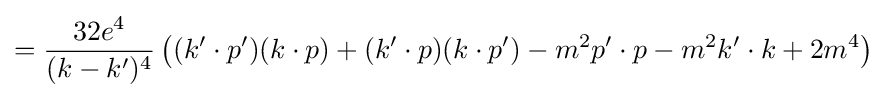
={\frac {32{e^{4}}}{(k-k')^{4}}}\left((k'\cdot p')(k\cdot p)+(k'\cdot p)(k\cdot p')-m^{2}p'\cdot p-m^{2}k'\cdot k+2m^{4}\right)